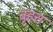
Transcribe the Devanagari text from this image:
बृहत्त